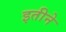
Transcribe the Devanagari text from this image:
इतीने